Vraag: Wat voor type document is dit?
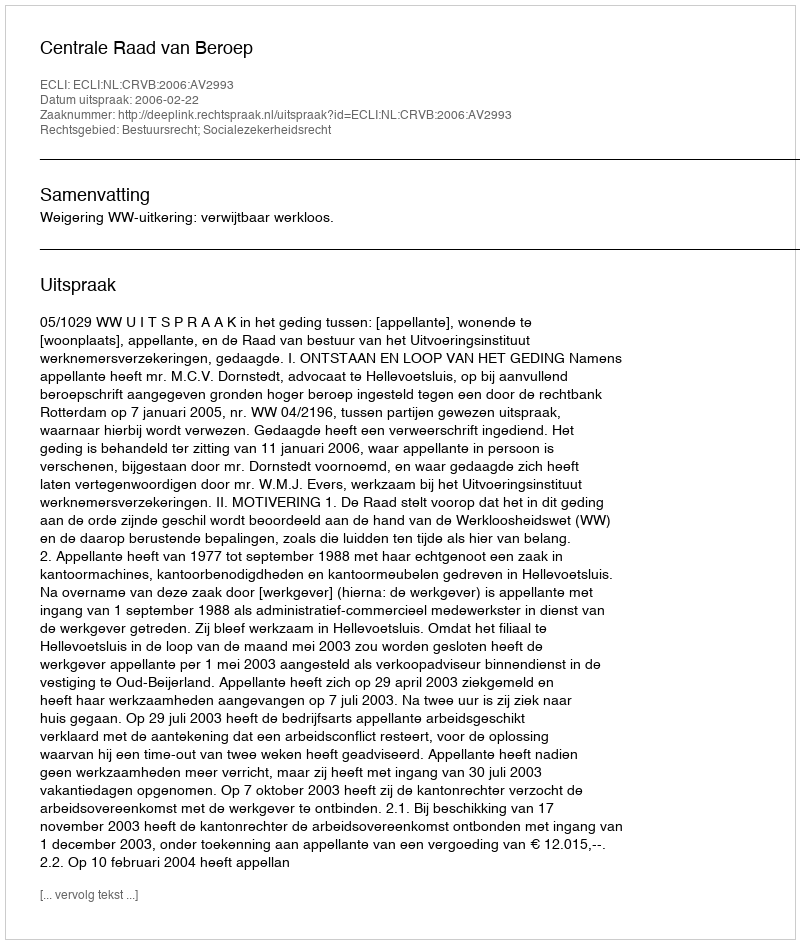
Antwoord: Uitspraak